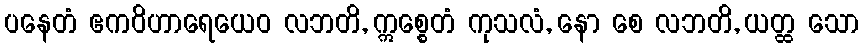
ပနေတံ ဧကဝိဟာရေယေဝ လဘတိ, ဣစ္စေတံ ကုသလံ, နော စေ လဘတိ, ယတ္ထ သော